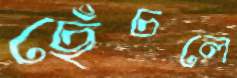
ছেঁচলে